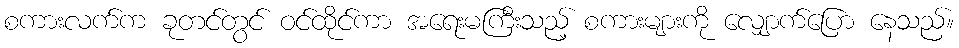
စကားလက်က ခုတင်တွင် ဝင်ထိုင်ကာ အရေးမကြီးသည့် စကားများကို လျှောက်ပြော နေသည်။